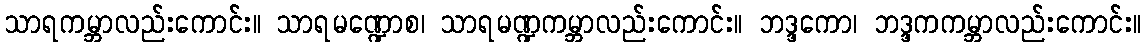
သာရကမ္ဘာလည်းကောင်း။ သာရမဏ္ဍောစ၊ သာရမဏ္ဍကမ္ဘာလည်းကောင်း။ ဘဒ္ဒကော၊ ဘဒ္ဒကကမ္ဘာလည်းကောင်း။